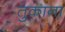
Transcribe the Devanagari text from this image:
तुकाना